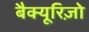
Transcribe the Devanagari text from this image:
बैक्यूरिज़ो